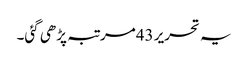
یہ تحریر 43مرتبہ پڑھی گئی۔